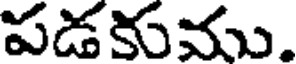
పడకుము.